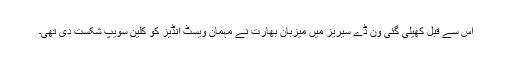
اس سے قبل کھیلی گئی ون ڈے سیریز میں میزبان بھارت نے مہمان ویسٹ انڈیز کو کلین سویپ شکست دی تھی۔